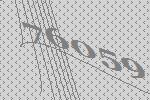
76059